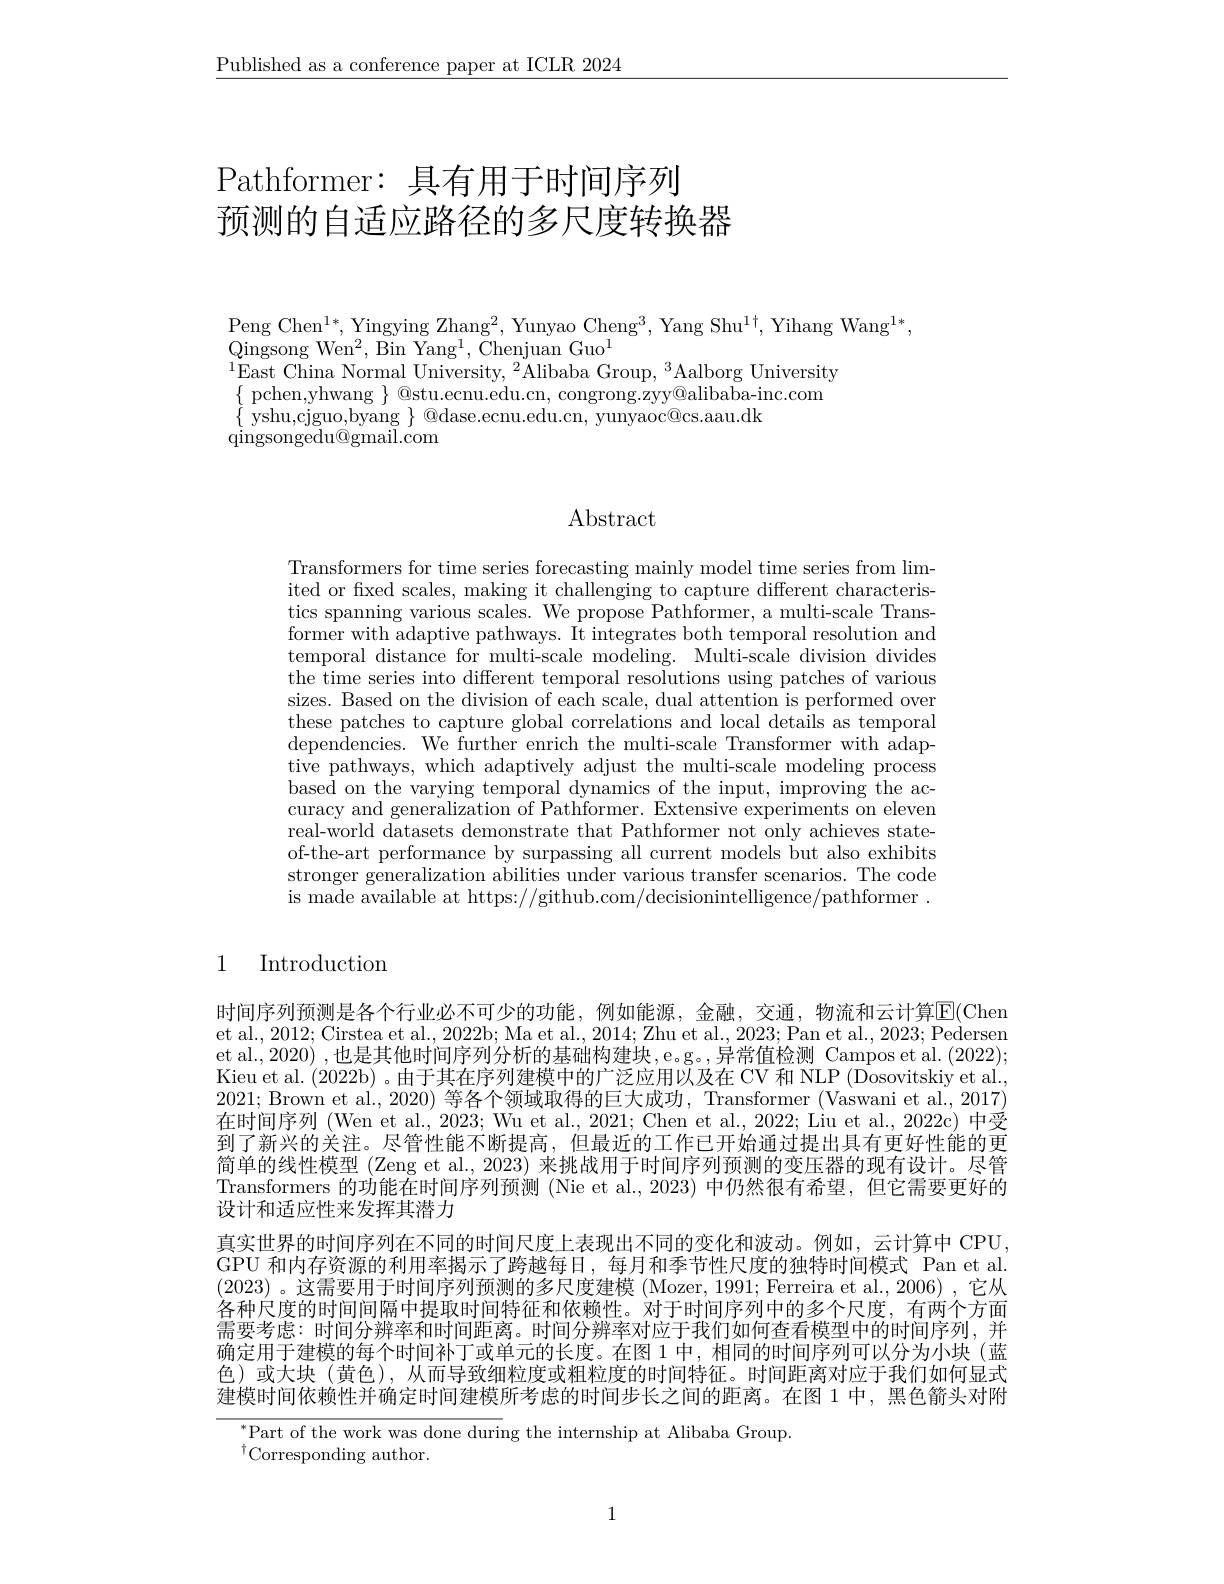
$\underline{\text{Published as a conference paper at ICLR 2024}}$

# Pathformer: 具有用于时间序列预测的自适应路径的多尺度转换器

$\operatorname{Peng}\operatorname{Chen}^{1*},\operatorname{Yingying}\operatorname{Zhang}^{2},\operatorname{Yunyao}\operatorname{Cheng}^{3},\operatorname{Yang}\operatorname{Shu}^{1\dagger},\operatorname{Yihang}\operatorname{Wang}^{1*}$,
$\bar{\mathrm{Qingsong~Wen^{2},~Bin~Yang^{1},~Chenjuan~Guo}}^{1}$
$^{1}$East China Normal University, $^2$Alibaba Group, $^3$Aalborg University $\{\begin{array}{ll}{\mathrm{pchen,yhwang~\}~@stu.ecnu.edu.cn,~congrong.zyy@alibaba-inc.com}}\\\end{array}$ $\{\begin{array}{c}{\mathrm{yshu,cjguo,byang~}}\\{\mathrm{@dase.ecnu.edu.cn,~yunyaoc@cs.aau.dk}}\\\end{array}$
qingsongedu@ gmail. com

## Abstract

Transformers for time series forecasting mainly model time series from limited or fxed scales, making it challenging to capture different characteristics spanning various scales. We propose Pathformer, a multi-scale Transformer with adaptive pathways. It integrates both temporal resolution and temporal distance for multi-scale modeling. Multi-scale division divides the time series into different temporal resolutions using patches of various sizes. Based on the division of each scale, dual attention is performed over these patches to capture global correlations and local details as temporal dependencies. We further enrich the multi-scale Transformer with adap- $\dot{\text{tive pathways, which adaptively adjust the multi-scale modeling process}}$ based on the varying temporal dynamics of the input, improving the accuracy and generalization of Pathformer. Extensive experiments on eleven real-world datasets demonstrate that Pathformer not only achieves stateof-the-art performance by surpassing all current models but also exhibits stronger generalization abilities under various transfer scenarios. The code is made available at https://github.com/decisionintelligence/pathformer.

# 1 Introduction

时间序列预测是各个行业必不可少的功能，例如能源，金融，交通，物流和云计算$\overline{\mathrm{E}}($Chen et al., 2012; Cirstea et al., 2022b; Ma et al., 2014; Zhu et al., 2023; Pan et al., 2023; Pedersen et al., 2020) ,也是其他时间序列分析的基础构建块，e。g。,异常值检测 Campos et al. (2022); Kieu et al. (2022b)。由于其在序列建模中的广泛应用以及在 CV 和 NLP (Dosovitskiy et al. 2021; Brown et al.,2020)等各个领域取得的巨大成功，Transformer (Vaswani et al.,2017) 在时间序列 (Wen et al., 2023; Wu et al., 2021; Chen et al., 2022; Liu et al., 2022c) 中受到了新兴的关注。尽管性能不断提高，但最近的工作已开始通过提出具有更好性能的更简单的线性模型 (Zeng et al., 2023) 来挑战用于时间序列预测的变压器的现有设计。尽管Transformers 的功能在时间序列预测 (Nie et al.,2023) 中仍然很有希望，但它需要更好的设计和适应性来发挥其潜力
真实世界的时间序列在不同的时间尺度上表现出不同的变化和波动。例如，云计算中 CPU. GPU 和内存资源的利用率揭示了跨越每日，每月和季节性尺度的独特时间模式 Pan et al. (2023) 。这需要用于时间序列预测的多尺度建模(Mozer, 1991; Ferreira et al., 2006) ,它从各种尺度的时间间隔中提取时间特征和依赖性。对于时间序列中的多个尺度，有两个方面需要考虑：时间分辨率和时间距离。时间分辨率对应于我们如何查看模型中的时间序列，并确定用于建模的每个时间补丁或单元的长度。在图 1 中，相同的时间序列可以分为小块(蓝色)或大块(黄色),从而导致细粒度或粗粒度的时间特征。时间距离对应于我们如何显式建模时间依赖性并确定时间建模所考虑的时间步长之间的距离。在图 1 中，黑色箭头对附

 Part of the work was done during the internship at Alibaba Group.
$^{\dagger}$Corresponding author.

1